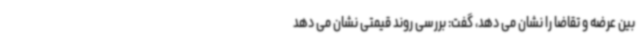
بین عرضه و تقاضا را نشان می دهد، گفت: بررسی روند قیمتی نشان می دهد